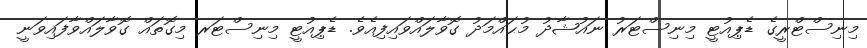
މިނިސްޓްރީގެ ޑެޕިއުޓީ މިނިސްޓަރު ނައުޝާދު މުޙައްމަދު ގޮވާލައްވައިފިއެވެ. ޑެޕިއުޓީ މިނިސްޓަރ މިގޮތައް ގޮވާލައްވާފައިވަނީ